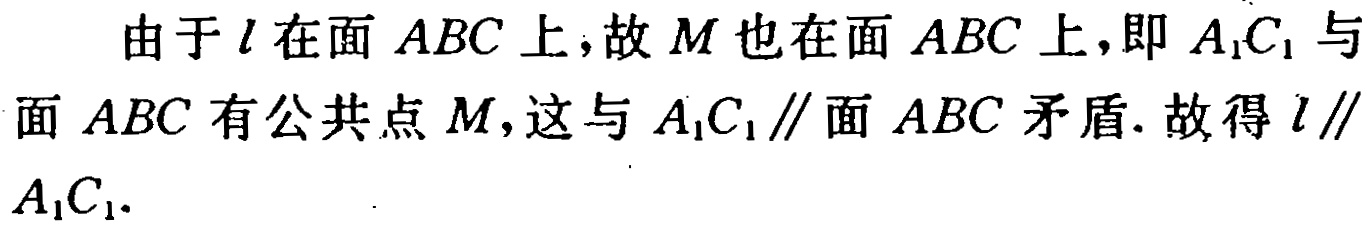
由于\(l\)在面 \(ABC\)上，故\(M\)也在面 \(ABC\)上，即 \(A_{1}C_{1}\)与面 \(ABC\)有公共点\(M\)，这与 \(A_{1}C_{1}\parallel\)面 \(ABC\)矛盾. 故得\(l\parallel A_{1}C_{1}\).